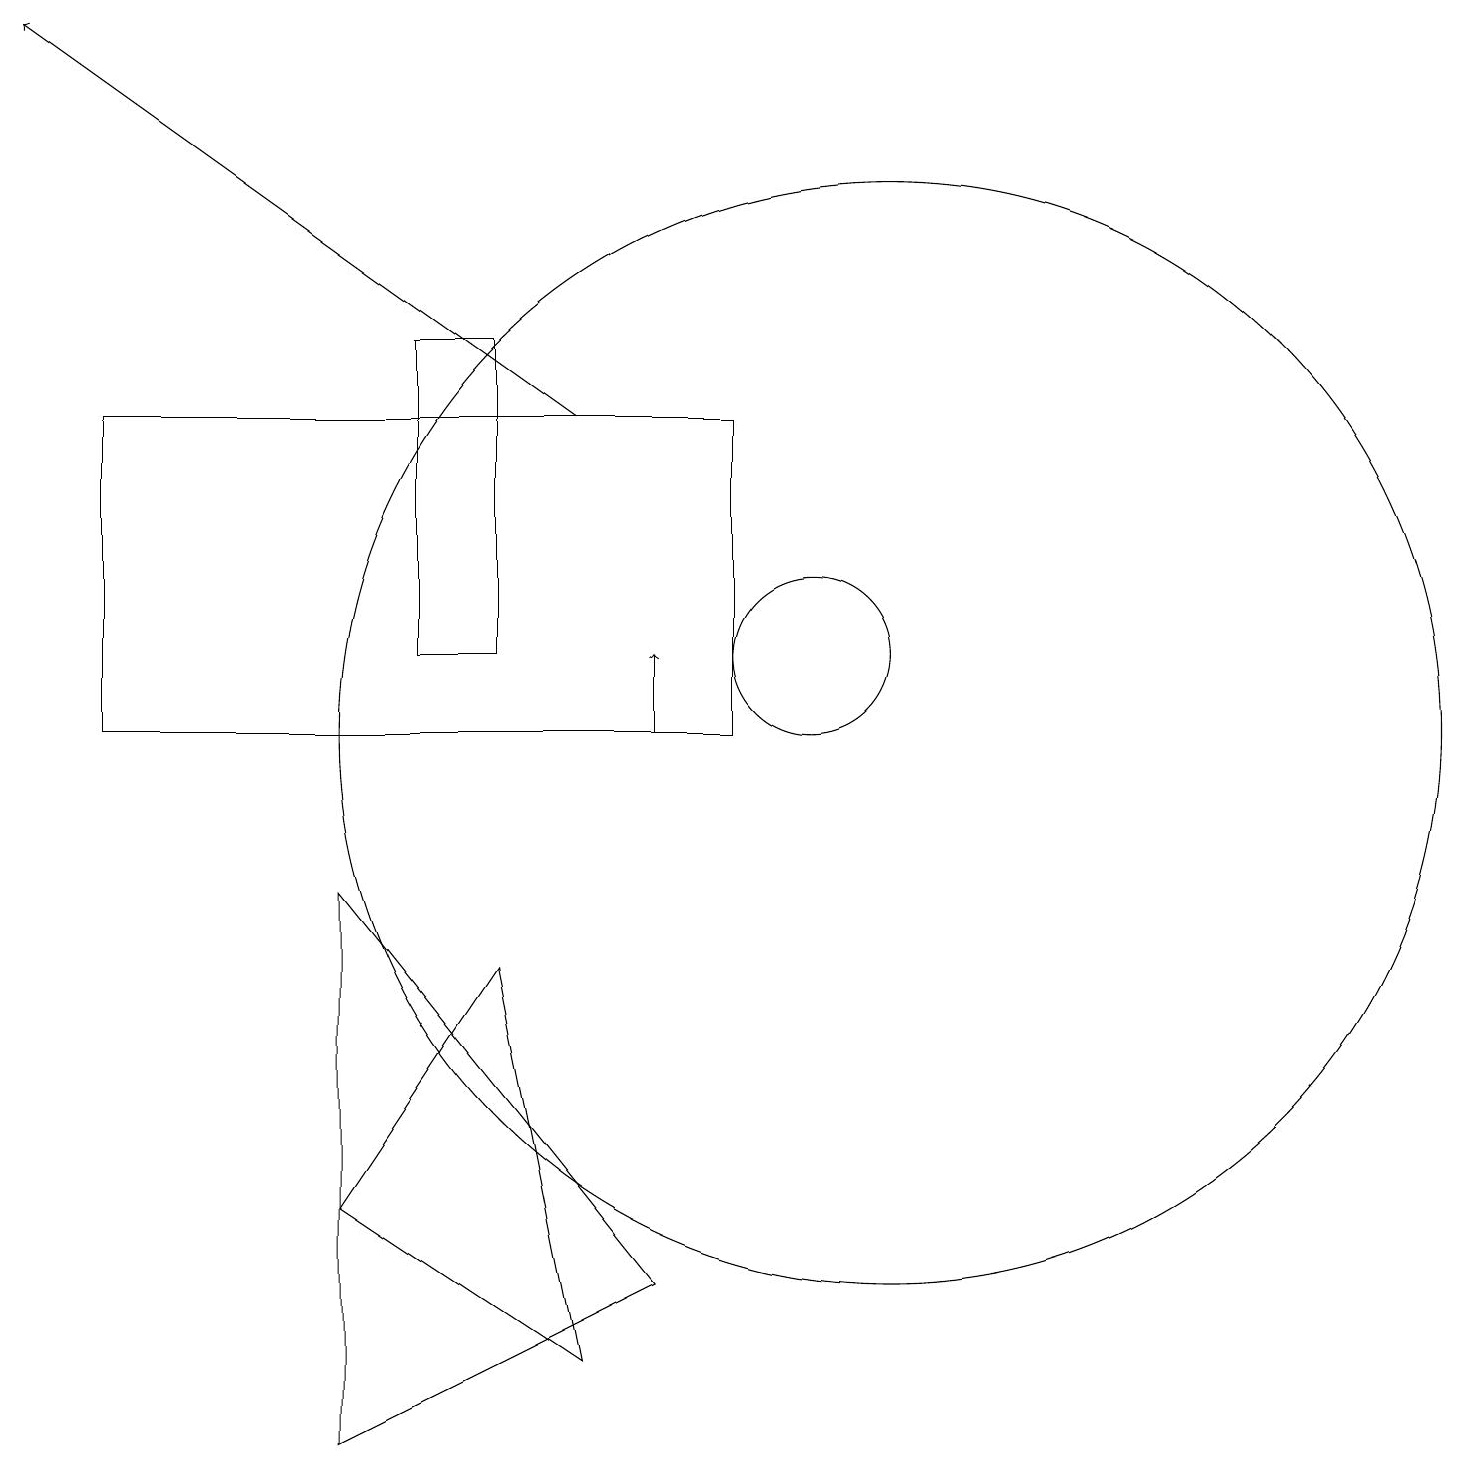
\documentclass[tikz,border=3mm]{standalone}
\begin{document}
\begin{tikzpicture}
\draw (9,14) rectangle (1,10);
\draw[->] (7,14) -- (0,19);
\draw (4,4) -- (6,7) -- (7,2) -- cycle;
\draw (6,11) rectangle (5,15);
\draw[->] (8,10) -- (8,11);
\draw (10,11) circle (1);
\draw (4,8) -- (8,3) -- (4,1) -- cycle;
\draw (11,10) circle (7);
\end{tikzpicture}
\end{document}